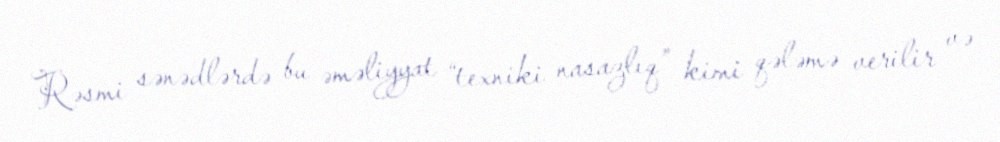
Rəsmi sənədlərdə bu əməliyyat “texniki nasazlıq” kimi qələmə verilir və